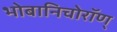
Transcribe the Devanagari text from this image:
भोबानिचोरॉण्